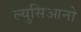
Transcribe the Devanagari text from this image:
ल्युसिआनो